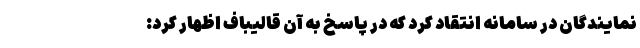
نمایندگان در سامانه انتقاد کرد که در پاسخ به آن قالیباف اظهار کرد: